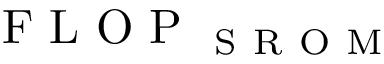
\mathrm { ~ F ~ L ~ O ~ P ~ } _ { \mathrm { ~ S ~ R ~ O ~ M ~ } }